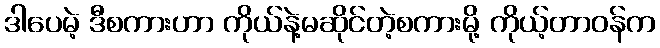
ဒါပေမဲ့ ဒီစကားဟာ ကိုယ်နဲ့မဆိုင်တဲ့စကားမို့ ကိုယ့်တာဝန်က